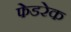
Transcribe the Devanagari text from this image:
फेडरेक